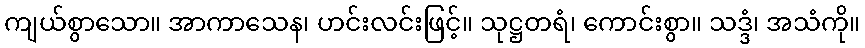
ကျယ်စွာသော။ အာကာသေန၊ ဟင်းလင်းဖြင့်။ သုဋ္ဌတရံ၊ ကောင်းစွာ။ သဒ္ဒံ၊ အသံကို။